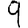
Digit: 9